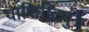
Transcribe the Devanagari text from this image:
वाशिष्टिपुत्र